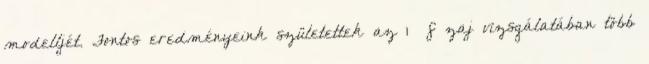
modelljét. Fontos eredményeink születettek az 1 f zaj vizsgálatában több